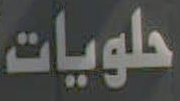
حلويات